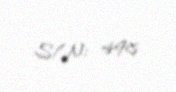
S/N: 498